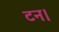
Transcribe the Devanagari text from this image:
टन।